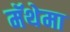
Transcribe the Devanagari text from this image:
मॅथेमा